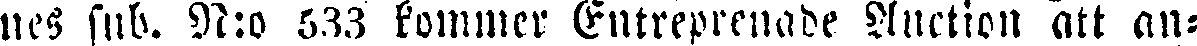
nes sub. N:o 533 kommer Entreprenade Auction att an-